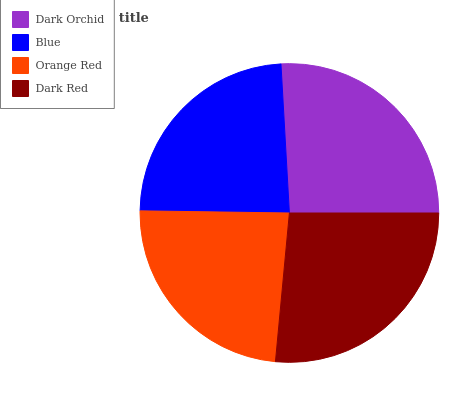
| Dark Orchid | Blue | Orange Red | Dark Red |
 | --- | --- | --- | --- |
 | 26% | 23.9% | 23.7% | 26.4% |